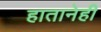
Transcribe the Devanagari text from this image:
हातानेही